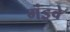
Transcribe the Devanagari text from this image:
मंडुवे